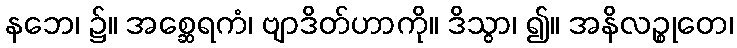
နဘေ၊ ၌။ အစ္ဆေရကံ၊ ဗျာဒိတ်ဟာကို။ ဒိသွာ၊ ၍။ အနိလဉ္စုတေ၊